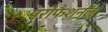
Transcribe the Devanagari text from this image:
परोफैशनल